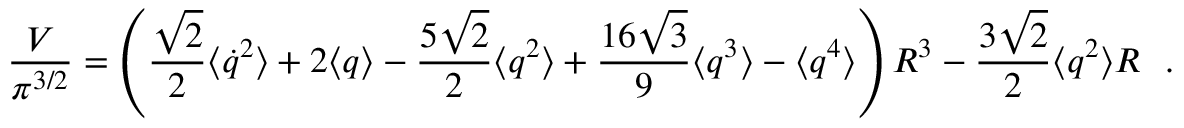
{ \frac { { \cal V } } { \pi ^ { 3 / 2 } } } = \left( { \frac { \sqrt { 2 } } { 2 } } \langle \dot { q } ^ { 2 } \rangle + 2 \langle q \rangle - { \frac { 5 \sqrt { 2 } } { 2 } } \langle q ^ { 2 } \rangle + { \frac { 1 6 \sqrt { 3 } } { 9 } } \langle q ^ { 3 } \rangle - \langle q ^ { 4 } \rangle \right) R ^ { 3 } - { \frac { 3 \sqrt { 2 } } { 2 } } \langle q ^ { 2 } \rangle R ~ ~ .